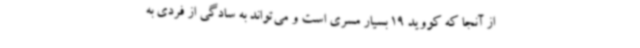
از آنجا که کووید 19 بسیار مسری است و می‌تواند به سادگی از فردی به